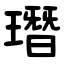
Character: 㻸